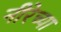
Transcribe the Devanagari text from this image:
नीरेच्या